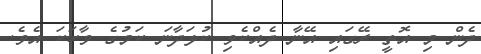
ދެން މި އޮތީ ރޭގައި އޭނާ ދެއްކެވި ކުޅަދާނަ ކަމުގެ ވާހަކަ އެވެ.